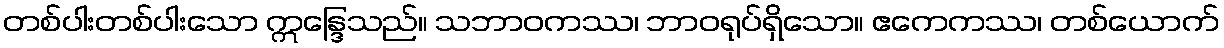
တစ်ပါးတစ်ပါးသော ဣန္ဒြေသည်။ သဘာဝကဿ၊ ဘာဝရုပ်ရှိသော။ ဧကေကဿ၊ တစ်ယောက်